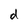
Character: d